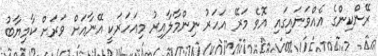
ރޭންކިންގެ އެއްވަނައިގައި އޮވެ މަރޭ އަހަރު ނިންމާލާއިރު މިއަހަރަކީ އޭނާއަށް ވަރަށް ކާމިޔާބު